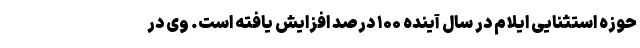
حوزه استثنایی ایلام در سال آینده ۱۰۰ درصد افزایش یافته است. وی در